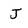
Character: J